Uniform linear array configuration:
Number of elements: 24
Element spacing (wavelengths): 0.75
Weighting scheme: uniform
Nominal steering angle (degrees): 45
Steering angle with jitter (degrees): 45.248
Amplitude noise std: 0.05
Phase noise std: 0.05

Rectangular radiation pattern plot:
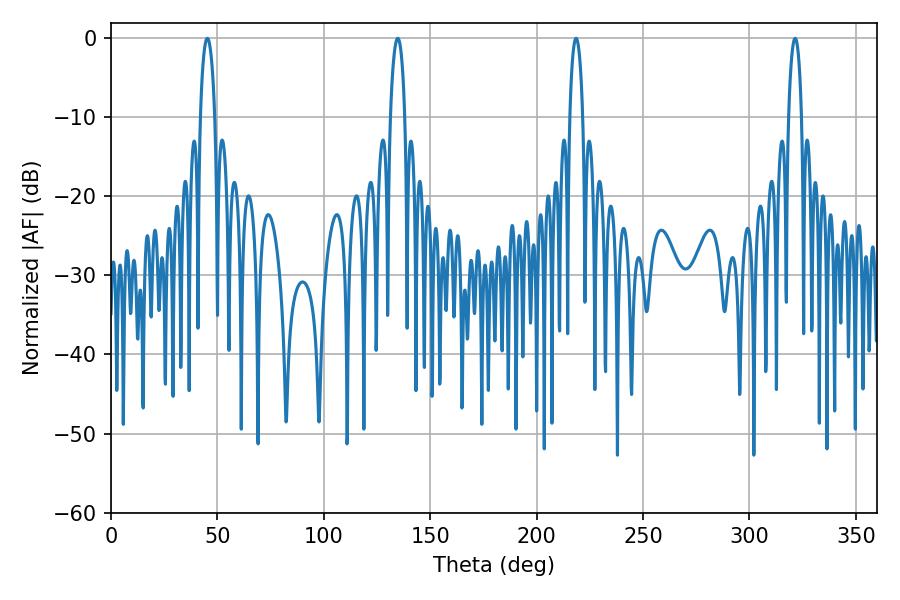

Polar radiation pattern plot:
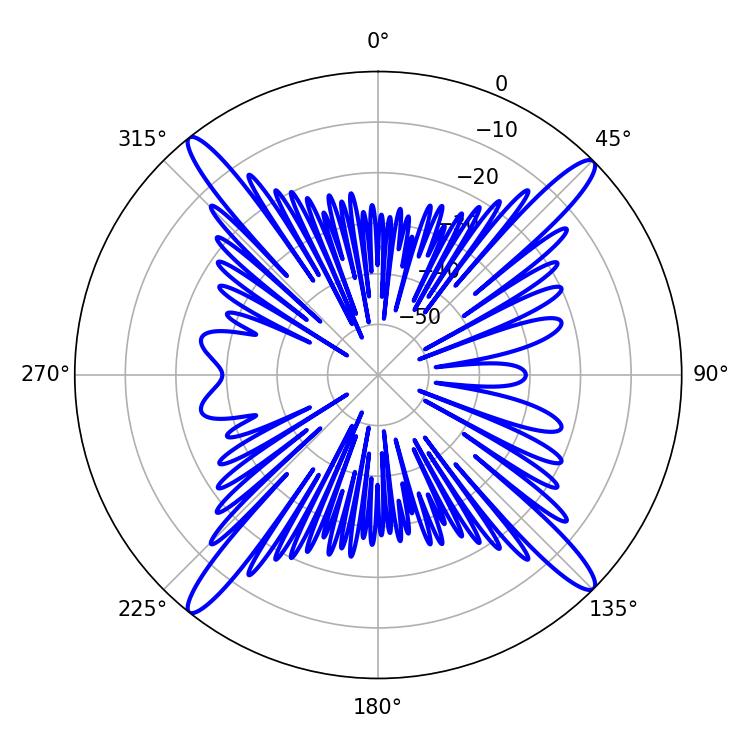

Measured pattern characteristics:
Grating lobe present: TRUE
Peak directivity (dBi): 19.342
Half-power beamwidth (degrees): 3.42
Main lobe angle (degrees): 218.52